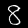
Digit: 8